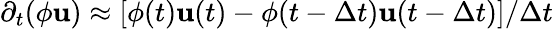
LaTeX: \partial_{t}(\phi\mathbf{u})\approx[\phi(t)\mathbf{u}(t)-\phi(t-\Delta t)\mathbf{u}(t-\Delta t)]/\Delta t